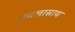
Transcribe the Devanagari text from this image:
तबलासाथ